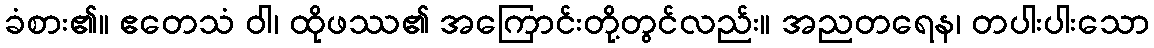
ခံစား၏။ ဧတေသံ ဝါ၊ ထိုဖဿ၏ အကြောင်းတို့တွင်လည်း။ အညတရေန၊ တပါးပါးသော